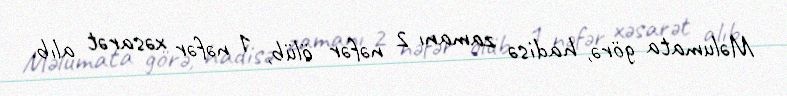
Məlumata görə, hadisə zamanı 2 nəfər ölüb, 1 nəfər xəsarət alıb.